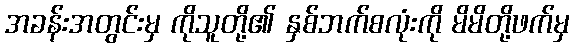
အခန်းအတွင်းမှ ကိုသူတို့၏ နှစ်ဘက်စလုံးကို မိမိတို့ဖက်မှ